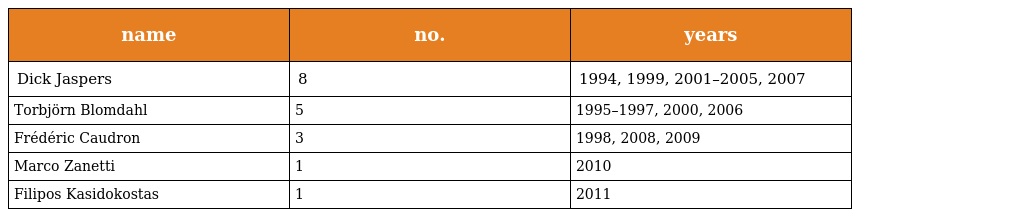
| name | no. | years |
 | --- | --- | --- |
 | Dick Jaspers | 8 | 1994, 1999, 2001–2005, 2007 |
 | Torbjörn Blomdahl | 5 | 1995–1997, 2000, 2006 |
 | Frédéric Caudron | 3 | 1998, 2008, 2009 |
 | Marco Zanetti | 1 | 2010 |
 | Filipos Kasidokostas | 1 | 2011 |